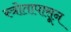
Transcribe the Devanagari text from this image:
स्त्रोतापासून